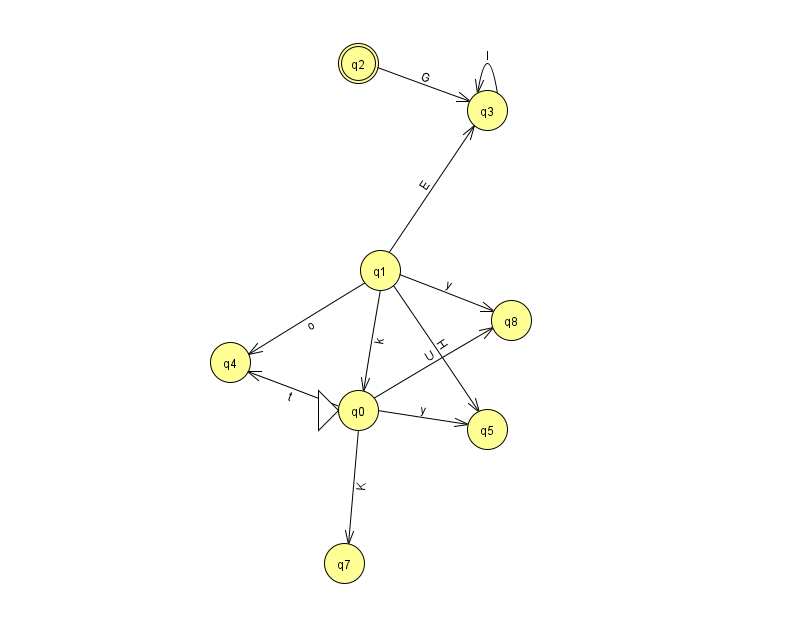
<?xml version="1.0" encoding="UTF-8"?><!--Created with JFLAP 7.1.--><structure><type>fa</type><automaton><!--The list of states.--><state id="0" name="q0"><x>358.0</x><y>397.0</y><initial/></state><state id="1" name="q1"><x>380.0</x><y>257.0</y></state><state id="2" name="q2"><x>358.0</x><y>50.0</y><final/></state><state id="3" name="q3"><x>487.0</x><y>97.0</y></state><state id="4" name="q4"><x>230.0</x><y>349.0</y></state><state id="5" name="q5"><x>487.0</x><y>416.0</y></state><state id="7" name="q7"><x>344.0</x><y>550.0</y></state><state id="8" name="q8"><x>511.0</x><y>307.0</y></state><!--The list of transitions.--><transition><from>1</from><to>8</to><read>y</read></transition><transition><from>0</from><to>5</to><read>y</read></transition><transition><from>0</from><to>8</to><read>U</read></transition><transition><from>0</from><to>7</to><read>K</read></transition><transition><from>1</from><to>0</to><read>k</read></transition><transition><from>1</from><to>3</to><read>E</read></transition><transition><from>3</from><to>3</to><read>I</read></transition><transition><from>0</from><to>4</to><read>t</read></transition><transition><from>1</from><to>5</to><read>H</read></transition><transition><from>2</from><to>3</to><read>G</read></transition><transition><from>1</from><to>4</to><read>o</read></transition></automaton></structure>